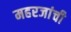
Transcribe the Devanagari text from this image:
महरजांची